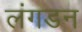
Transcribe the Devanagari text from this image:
लंगडन